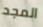
المجد